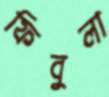
ফিবুলা